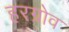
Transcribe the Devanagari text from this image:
हरग्रोव